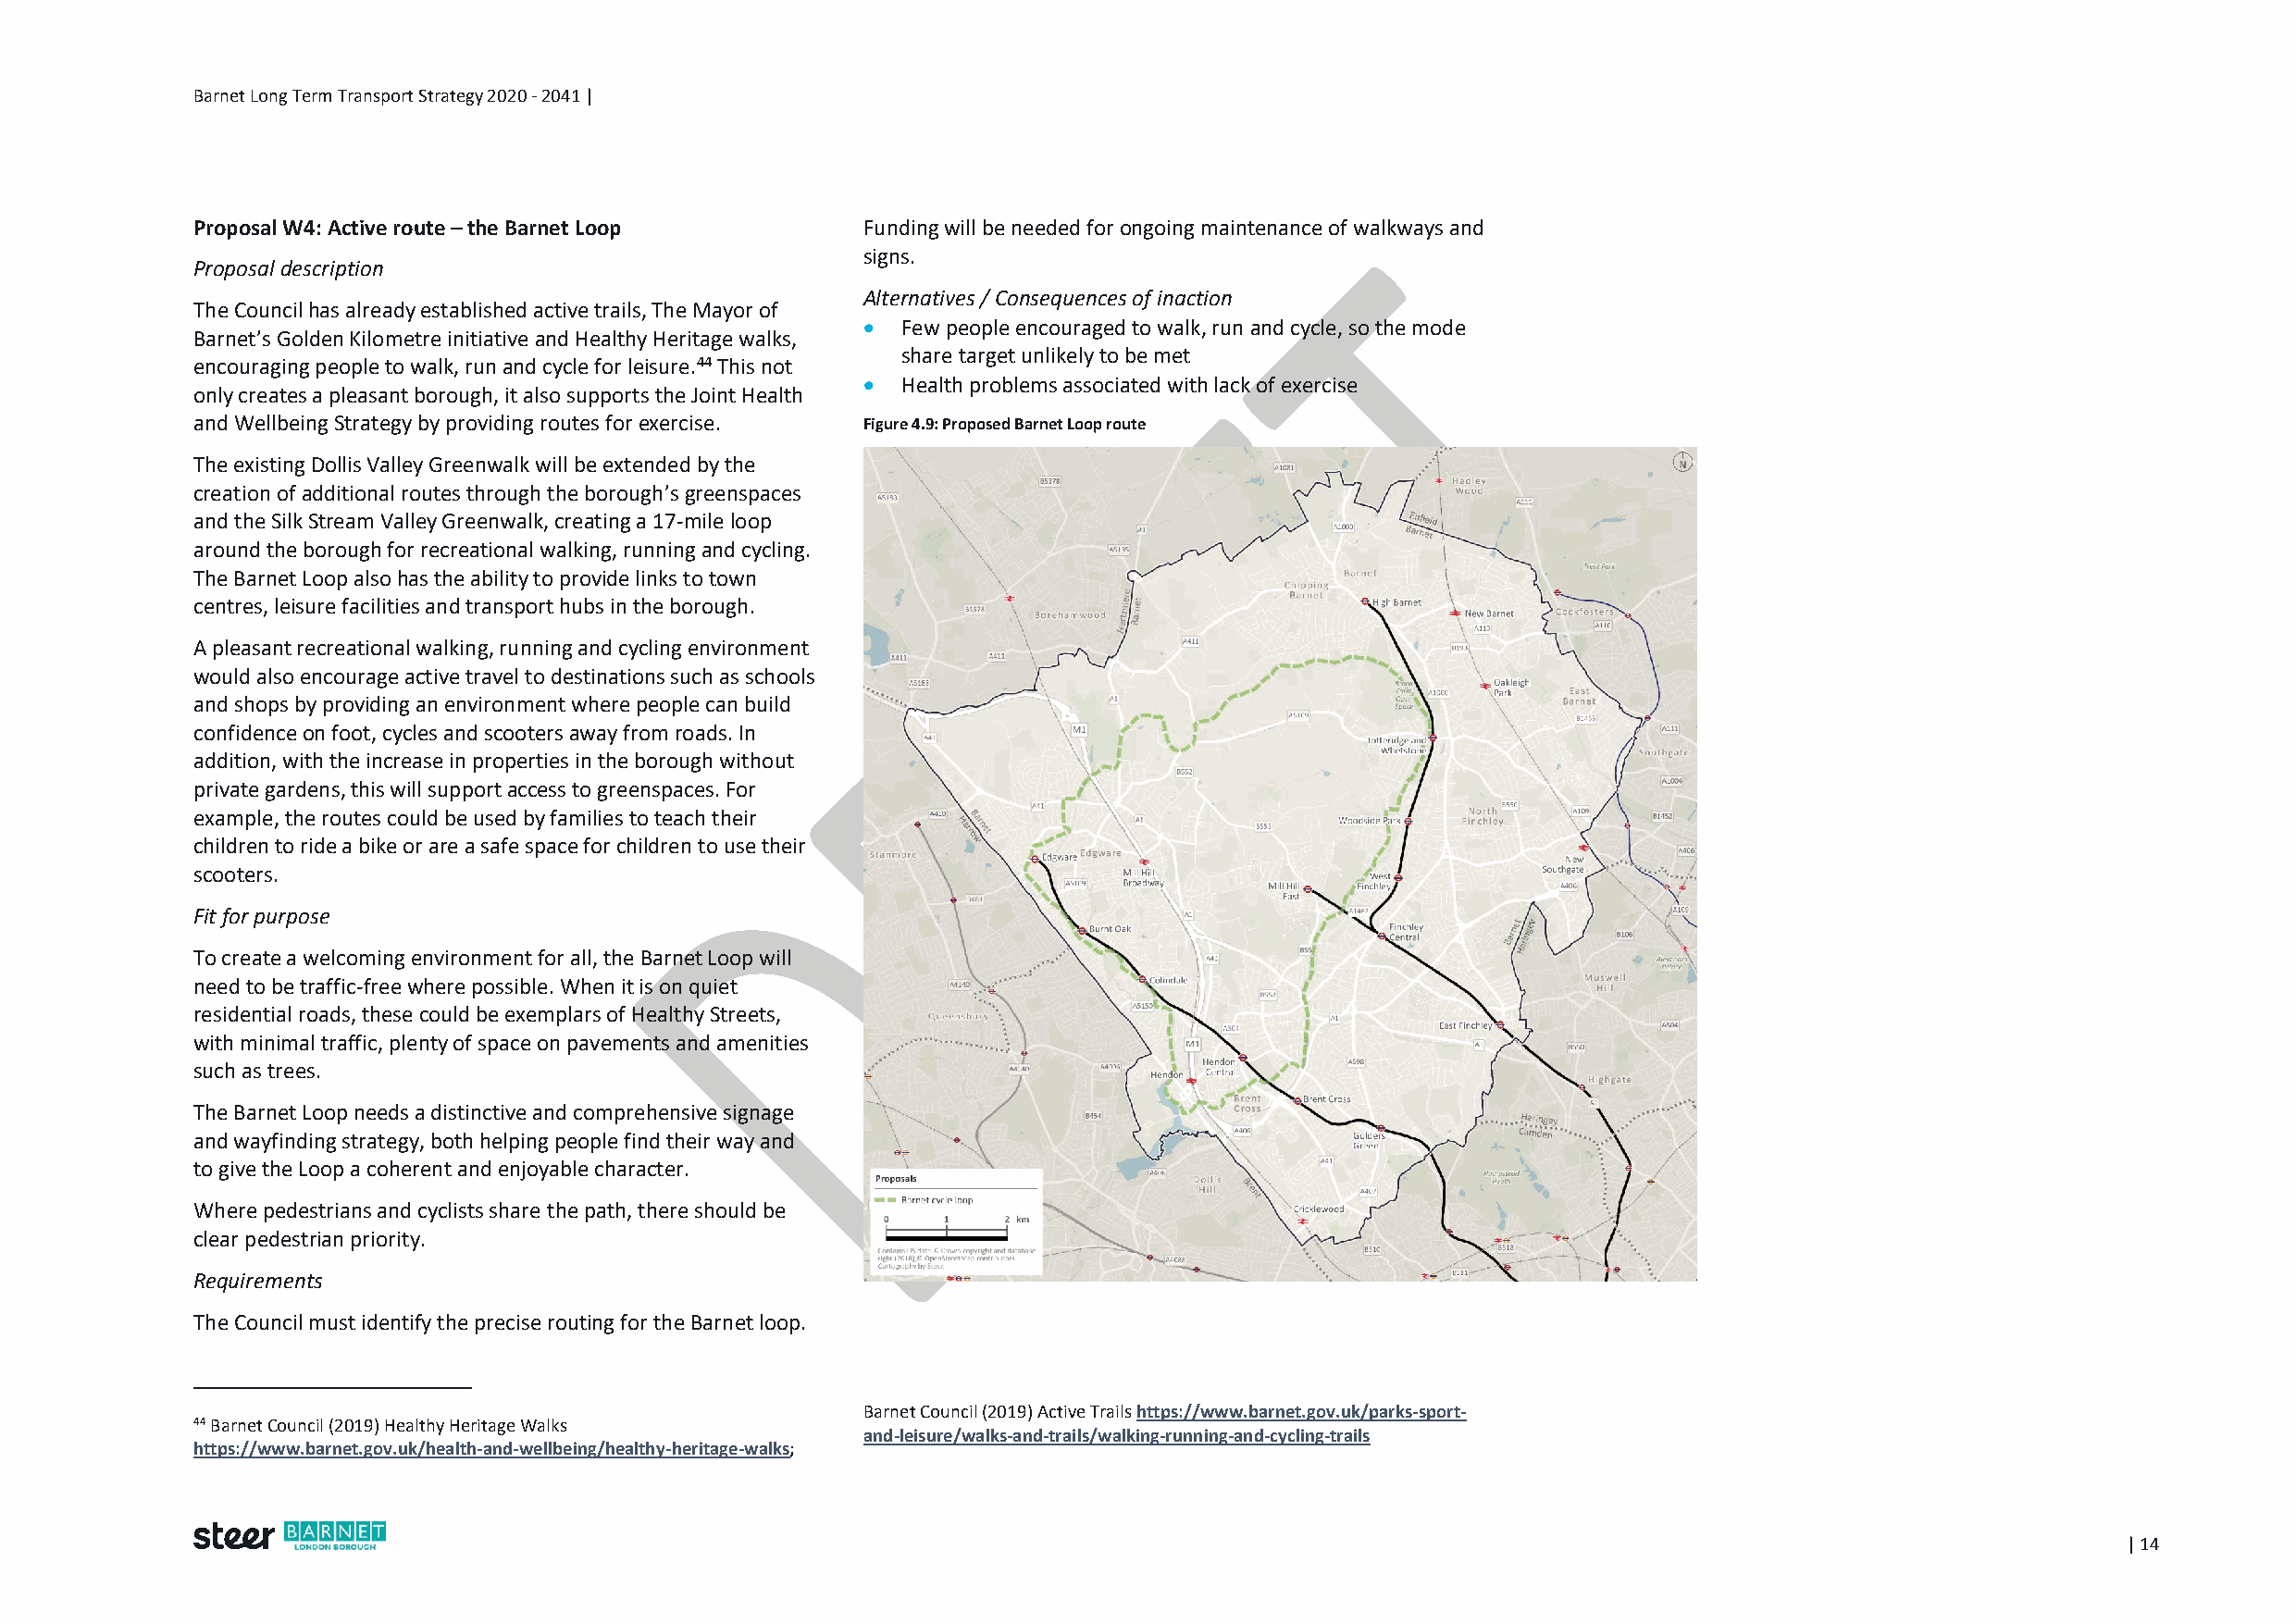
Barnet Long Term Transport Strategy 2020 - 2041 |
 Proposal W4: Active route – the Barnet Loop     Funding will be needed for ongoing maintenance of walkways and
 signs.
 Proposal description
 Alternatives / Consequences of inaction
 The Council has already established active trails, The Mayor of
  Few people encouraged to walk, run and cycle, so the mode
 Barnet’s Golden Kilometre initiative and Healthy Heritage walks,
 share target unlikely to be met
 encouraging people to walk, run and cycle for leisure.44 This not
  Health problems associated with lack of exercise
 only creates a pleasant borough, it also supports the Joint Health
 and Wellbeing Strategy by providing routes for exercise. Figure 4.9: Proposed Barnet Loop route
 The existing Dollis Valley Greenwalk will be extended by the
 creation of additional routes through the borough’s greenspaces
 and the Silk Stream Valley Greenwalk, creating a 17-mile loop
 around the borough for recreational walking, running and cycling.
 The Barnet Loop also has the ability to provide links to town
 centres, leisure facilities and transport hubs in the borough.
 A pleasant recreational walking, running and cycling environment
 would also encourage active travel to destinations such as schools
 and shops by providing an environment where people can build
 confidence on foot, cycles and scooters away from roads. In
 addition, with the increase in properties in the borough without
 private gardens, this will support access to greenspaces. For
 example, the routes could be used by families to teach their
 children to ride a bike or are a safe space for children to use their
 scooters.
 Fit for purpose
 To create a welcoming environment for all, the Barnet Loop will
 need to be traffic-free where possible. When it is on quiet
 residential roads, these could be exemplars of Healthy Streets,
 with minimal traffic, plenty of space on pavements and amenities
 such as trees.
 The Barnet Loop needs a distinctive and comprehensive signage
 and wayfinding strategy, both helping people find their way and
 to give the Loop a coherent and enjoyable character.
 Where pedestrians and cyclists share the path, there should be
 clear pedestrian priority.
 Requirements
 The Council must identify the precise routing for the Barnet loop.
 Barnet Council (2019) Active Trails https://www.barnet.gov.uk/parks-sport-
 44 Barnet Council (2019) Healthy Heritage Walks
 and-leisure/walks-and-trails/walking-running-and-cycling-trails
 https://www.barnet.gov.uk/health-and-wellbeing/healthy-heritage-walks;
 | 14